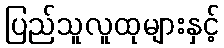
ပြည်သူလူထုများနှင့်